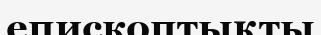
епископтықты